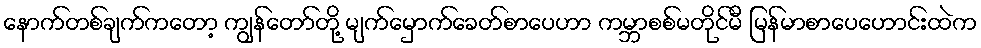
နောက်တစ်ချက်ကတော့ ကျွန်တော်တို့ မျက်မှောက်ခေတ်စာပေဟာ ကမ္ဘာစစ်မတိုင်မီ မြန်မာစာပေဟောင်းထဲက